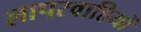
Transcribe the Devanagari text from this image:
लापरवाहियों